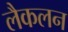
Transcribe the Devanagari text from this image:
लैकलन